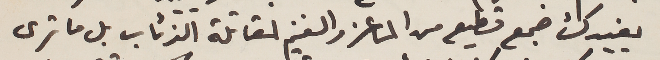
يفيدك جمع قطيع من الماعز والغنم لمقاتلة الذئاب بل ما ترى